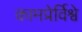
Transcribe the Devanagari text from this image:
कामप्रेर्विश्वे